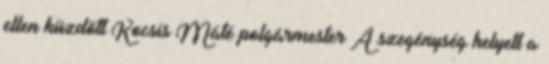
ellen küzdött Kocsis Máté polgármester A szegénység helyett a